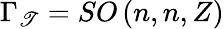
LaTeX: \Gamma_{\mathscr{T}}=SO\left(n,n,Z\right)